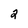
Character: 2